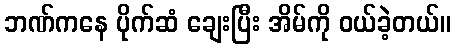
ဘဏ်ကနေ ပိုက်ဆံ ချေးပြီး အိမ်ကို ဝယ်ခဲ့တယ်။